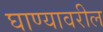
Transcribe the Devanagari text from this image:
घाण्यावरील